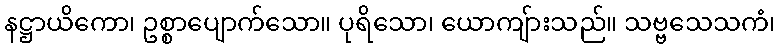
နဋ္ဌာယိကော၊ ဥစ္စာပျောက်သော။ ပုရိသော၊ ယောကျ်ားသည်။ သဗ္ဗသေသကံ၊